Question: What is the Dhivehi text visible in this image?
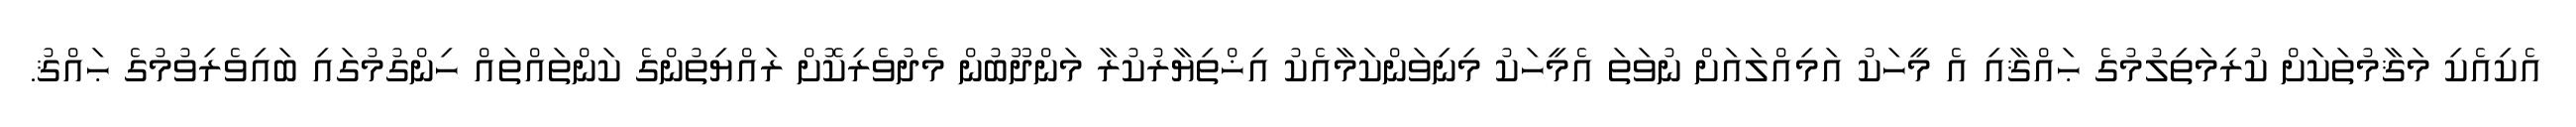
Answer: އެކިއެކި މަޤާމުތަކަށް ކުރިމަތިލުމުގެ ޙައްޤާއި އެ މީހަކު އަމިއްލައަށް ނުވަތަ އެމީހަކު މިނިވަންކަމާއެކު އިޚްތިޔާރުކުރާ މަންދޫބުން މެދުވެރިކޮށް ރައްޔިތުންގެ ކަންތައްތައް ހިންގުމުގައި ބައިވެރިވުމުގެ ޙައްޤު.